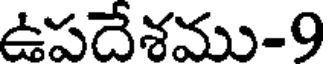
ఉపదేశము-9